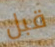
قبل